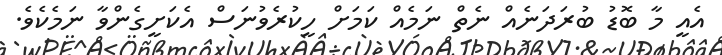
އެއީ މާ ބޮޑު ބުރަދަނެއް ނެތް ނަމެއް ކަމަށް ހީކުރެވުނަސް އެކަށީގެންވާ ނަމެކެވެ.